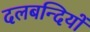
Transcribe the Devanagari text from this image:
दलबन्दियों